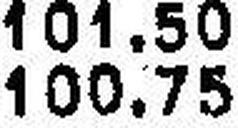
100.75